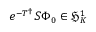
e ^ { - T ^ { \dag } } S \Phi _ { 0 } \in \mathfrak { H } _ { K } ^ { 1 }